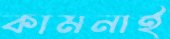
কামনাই